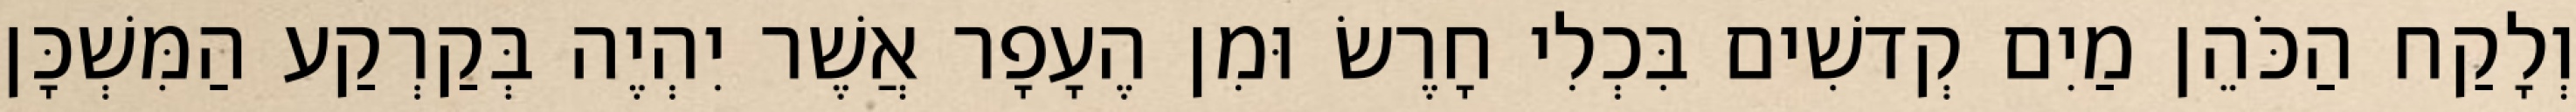
וְלָקַח הַכֹּהֵן מַיִם קְדשִׁים בִּכְלִי חָרֶשׂ וּמִן הֶעָפָר אֲשֶׁר יִהְיֶה בְּקַרְקַע הַמִּשְׁכָּן